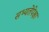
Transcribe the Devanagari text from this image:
सभ्यतेंपेक्षा